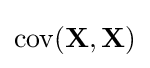
\operatorname {cov} (\mathbf {X} ,\mathbf {X} )